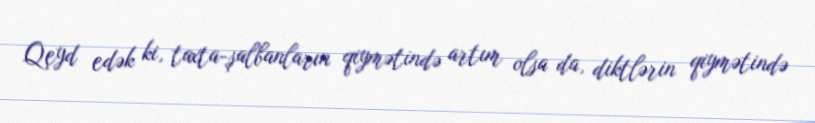
Qeyd edək ki, taxta-şalbanların qiymətində artım olsa da, diktlərin qiymətində